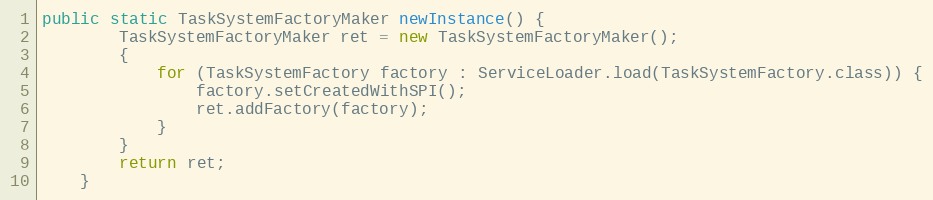
Language: Java
public static TaskSystemFactoryMaker newInstance() {
		TaskSystemFactoryMaker ret = new TaskSystemFactoryMaker();
		{
			for (TaskSystemFactory factory : ServiceLoader.load(TaskSystemFactory.class)) {
				factory.setCreatedWithSPI();
				ret.addFactory(factory);
			}
		}
		return ret;
	}